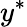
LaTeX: y^{*}